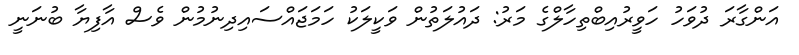
އަންގާރަ ދުވަހު ހަވީރުއިބްތިހާލްގެ މަރު: ދައުލަތުން ވަކީލަކު ހަމަޖައްސައިދިނުމުން ވެސް އާފިޔާ ބުނަނީ